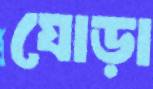
যোড়া